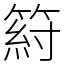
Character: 䈙